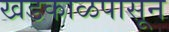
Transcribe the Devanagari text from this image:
खडकाळपासून